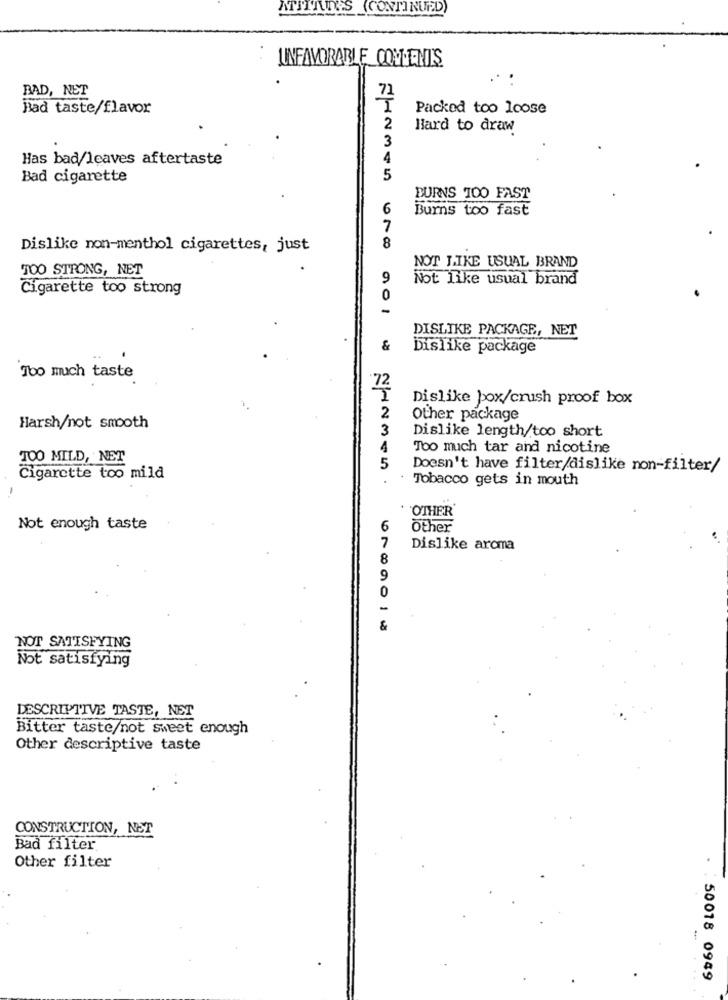
ATITUDES (CONTINUED)
BAD, NET
72
Bad taste/flavor
Packed too loose
2
Hard to draw
3
Has bad/leaves aftertaste
4
Bad cigarette
5
BURNS TOO FAST
6
Burns too fast
7
Dislike non-menthol cigarettes, just
8
TOO STRONG, NET
NOT LIKE USUAL BRAND
9
Not like usual brand
Cigarette too strong
0
DISLIKE PACKAGE, NET
&
Dislike package
Too much taste
72
Dislike pox/crush proof box
2
Other package
Harsh/not smooth
3
Dislike length/too short
4
Too much tar and nicotine
TOO MILD, NET
5
Doesn't have filter/dislike non-filter/
Cigarette too mild
Tobacco gets in mouth
OTHER
Not enough taste
6
Other
7
Dislike aroma
8
9
0
-
&
NOT SATISFYING
Not satisfying
DESCRIPTIVE TASTE, NET
Bitter taste/not sweet enough
Other descriptive taste
CONSTRUCTION, NET
Bad filter
Other filter
50018 0949